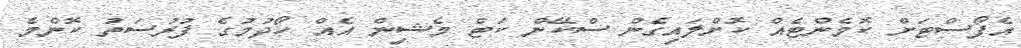
އެޕޯސްޓަށް ކޮމެންޓެއް ކޮށްލައިގެން ސްކޭން ކަޓް މެޝިން އެއް ހޯދުމުގެ ފުރުސަތު ކޮންމެ